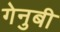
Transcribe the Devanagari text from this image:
गेनुबी